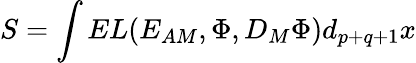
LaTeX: S=\int EL({E_{AM}},\Phi,{D_{M}\Phi})d_{p+q+1}x